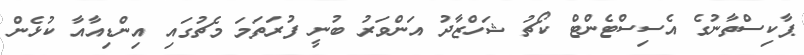
ޕާކިސްތާނުގެ އެސިސްޓެންޓް ކޯޗު ޝަހްޒާދު އަންވަރު ބުނީ ފުރަތަމަ މެޗުގައި އިންޑިއާއާ ކުޅެން